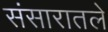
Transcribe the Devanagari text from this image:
संसारातले